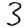
Digit: 3